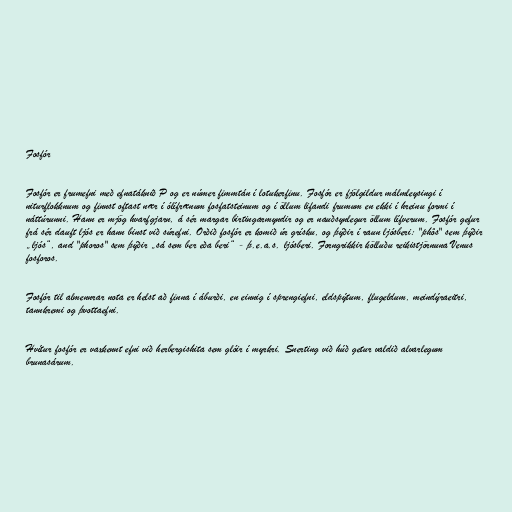
Fosfór

Fosfór er frumefni með efnatáknið P og er númer fimmtán í lotukerfinu. Fosfór er fjölgildur málmleysingi í
niturflokknum og finnst oftast nær í ólífrænum fosfatsteinum og í öllum lifandi frumum en ekki í hreinu formi í
náttúrunni. Hann er mjög hvarfgjarn, á sér margar birtingarmyndir og er nauðsynlegur öllum lífverum. Fosfór gefur
frá sér dauft ljós er hann binst við súrefni. Orðið fosfór er komið úr grísku, og þýðir í raun ljósberi: "phôs" sem þýðir
„ljós“, and "phoros" sem þýðir „sá sem ber eða beri“ - þ.e.a.s. ljósberi. Forngrikkir kölluðu reikistjörnuna Venus
fosforos.

Fosfór til almennrar nota er helst að finna í áburði, en einnig í sprengiefni, eldspýtum, flugeldum, meindýraeitri,
tannkremi og þvottaefni.

Hvítur fosfór er vaxkennt efni við herbergishita sem glóir í myrkri. Snerting við húð getur valdið alvarlegum
brunasárum.